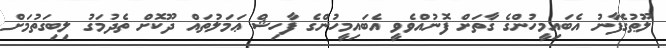
ލޫޠުގެފާނު އެބައިމީހުންގެ ގާތަށް ފޮނުއްވެވީ އެބައިމީހުންގެ ފާހިޝް ޢަމަލުތައް ދޫކޮށް ތެދުމަގު ލިބިގަތުމަށް